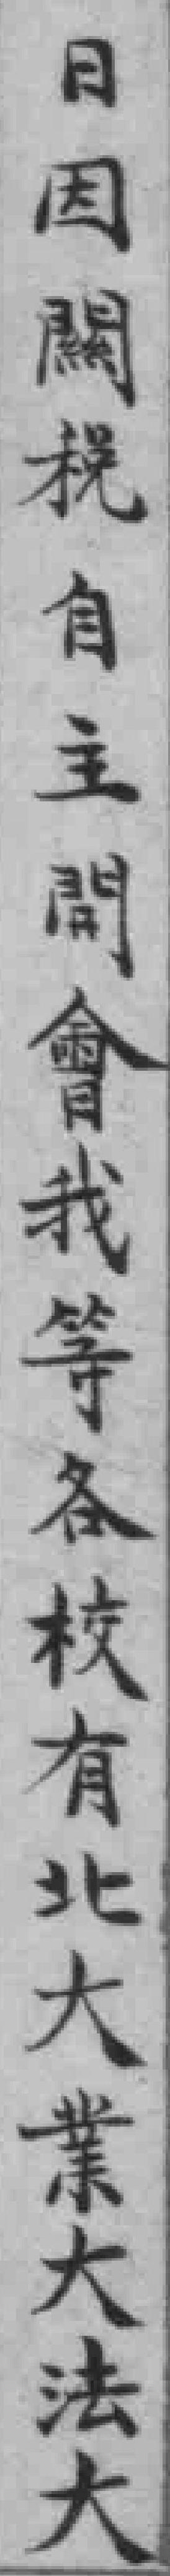
日因闗稅自主問會我等各校有北大業大法大